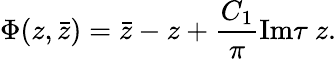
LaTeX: \Phi(z,\bar{z})=\bar{z}-z+\frac{C_{1}}{\pi}\mathrm{Im}\tau~z.